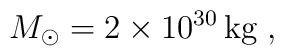
M_\odot = 2\times 10^{30}\,\mathrm{kg}\;,